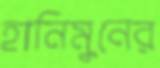
হানিমুনের